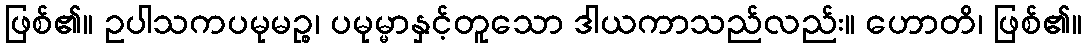
ဖြစ်၏။ ဥပါသကပမုမဉ္စ၊ ပမုမ္မာနှင့်တူသော ဒါယကာသည်လည်း။ ဟောတိ၊ ဖြစ်၏။